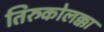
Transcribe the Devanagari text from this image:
तिरुकोलक्का